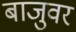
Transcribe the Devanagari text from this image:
बाजुवर